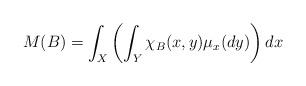
LaTeX: \begin{align*} M(B) = \int_X \left( \int_Y \chi_B(x,y)\mu_x(dy) \right) dx \end{align*}